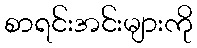
စာရင်းအင်းများကို